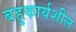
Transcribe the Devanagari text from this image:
बहुकार्यशील